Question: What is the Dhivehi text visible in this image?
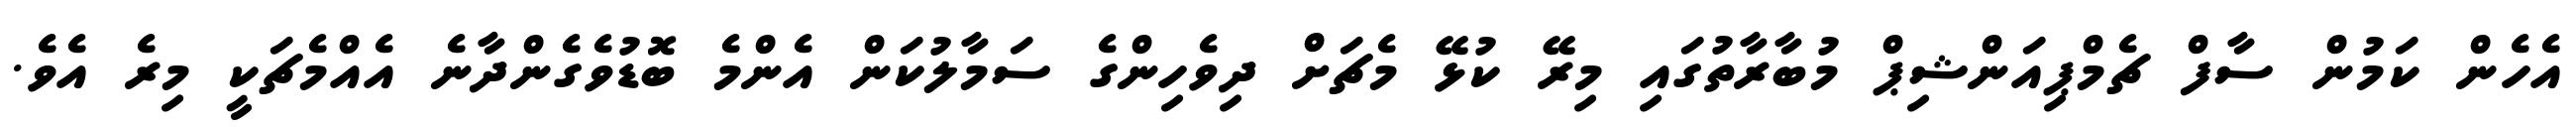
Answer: އެހެން ކަމުން ސާފް ޗެމްޕިއަންޝިޕް މުބާރާތުގައި މިރޭ ކުޅޭ މެޗަށް ދިވެހިންގެ ސަމާލުކަން އެންމެ ބޮޑުވެގެންދާނެ އެއްމެޗަކީ މިރެ އެވެ.